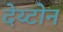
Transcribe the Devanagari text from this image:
देय्टोन